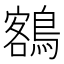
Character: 𪃭